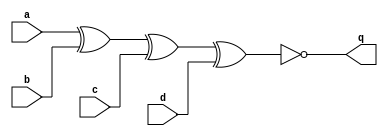
//https://hdlbits.01xz.net/wiki/Sim/circuit2

module top_module (
    input a,
    input b,
    input c,
    input d,
    output q );//

    assign q = ~(a^b^c^d); // Fix me

endmodule